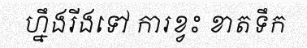
ហ្នឹងរីងទៅ ការខ្វះ ខាតទឹក